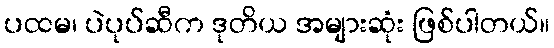
ပထမ၊ ပဲပုပ်ဆီက ဒုတိယ အများဆုံး ဖြစ်ပါတယ်။